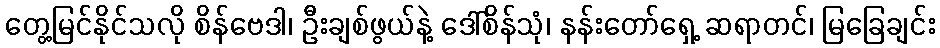
တွေ့မြင်နိုင်သလို စိန်ဗေဒါ၊ ဦးချစ်ဖွယ်နဲ့ ဒေါ်စိန်သုံ၊ နန်းတော်ရှေ့ ဆရာတင်၊ မြခြေချင်း